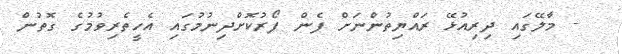
- މާލޭގައި ދިރިއުޅޭ ރައްޔިތުންނަށް ފެން ފޯރުކޮށްދިނުމުގައި އެހީތެރިވުމުގެ ގޮތުން